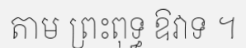
តាម ព្រះពុទ្ធ ឱវាទ ។